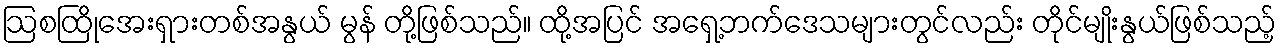
ဩစထြိုအေးရှားတစ်အနွယ် မွန် တို့ဖြစ်သည်။ ထို့အပြင် အရှေ့ဘက်ဒေသများတွင်လည်း တိုင်မျိုးနွယ်ဖြစ်သည့်